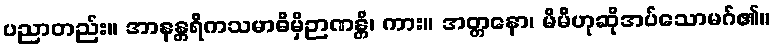
ပညာတည်း။ အာနန္တရိကသမာဓိမှိဉာဏန္တိ၊ ကား။ အတ္တနော၊ မိမိဟုဆိုအပ်သောမဂ်၏။